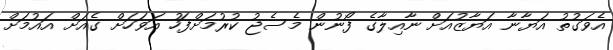
އެވަގުތު އަޔާނާ އަޔާޒުއަށް ނާއިލާގެ ފޯނުން މެސެޖު ކުރުމަށްފަހު އަވަހަށް ގެއަށް އައުމަށް